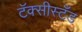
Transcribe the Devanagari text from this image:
टॅक्सीस्टँड